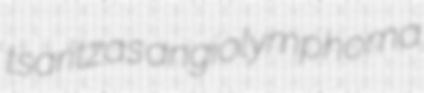
tsaritzas angiolymphoma